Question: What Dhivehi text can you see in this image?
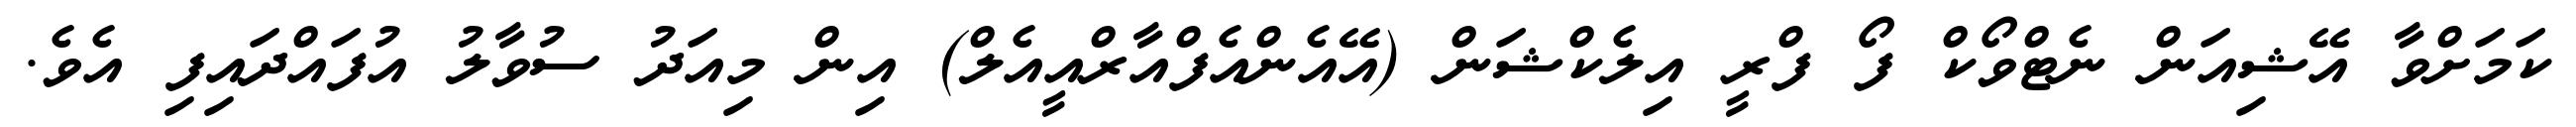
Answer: ކަމަށްވާ އޭޝިއަން ނެޓްވޯކް ފޯ ފްރީ އިލެކްޝަން (އޭއެންއެފްއާރްއީއެލް) އިން މިއަދު ސުވާލު އުފައްދައިފި އެވެ.